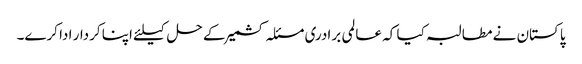
پاکستان نے مطالبہ کیا کہ عالمی برادری مسئلہ کشمیر کے حل کیلئے اپنا کردار ادا کرے۔